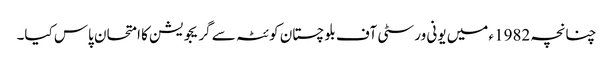
چنانچہ 1982ء میں یونی ورسٹی آف بلوچستان کوئٹہ سے گریجویشن کا امتحان پاس کیا۔